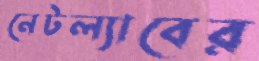
নেটল্যাবের